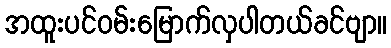
အထူးပင်ဝမ်းမြောက်လှပါတယ်ခင်ဗျာ။